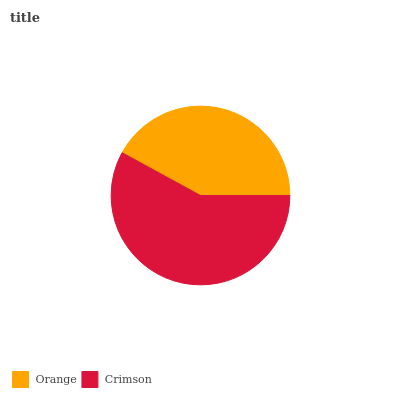
| Orange | Crimson |
 | --- | --- |
 | 42% | 58% |